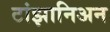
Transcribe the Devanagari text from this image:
टांझानिअन